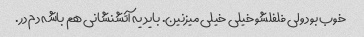
خوب بود ولی فلفلشو خیلی خیلی میزنین. باید یه آتشنشانی هم باشه دم در.